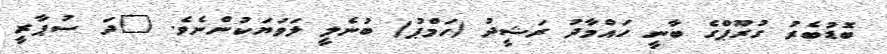
ބޮޑުބެރު ގުރޫޕްގެ ބާނީ ހައްމާދު ރަޝީދު (ހަމްޕު) ބުނެލީ ލަވަޔަކުންނެވެ. "ދަ ސުޕާރީ